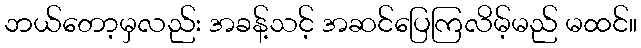
ဘယ်တော့မှလည်း အခန့်သင့် အဆင်ပြေကြလိမ့်မည် မထင်။